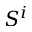
S ^ { i }